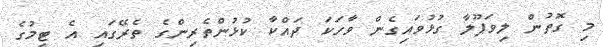
މި ގޮތުން ލިވަޕޫލާ ގުޅުވައިގެން ވާހަކަ ދައްކާ ކުޅުންތެރިންގެ ތެރޭގައި އެ ޓީމުގެ